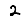
Digit: 2